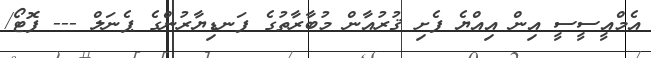
އެމްއީސީސީ އިން އިއްޔެ ފެށި ޤުރުއާން މުބާރާތުގެ ފަނޑިޔާރުންގެ ޕެނަލް --- ފޮޓޯ/